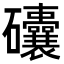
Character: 𥗾